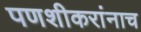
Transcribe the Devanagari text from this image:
पणशीकरांनाच